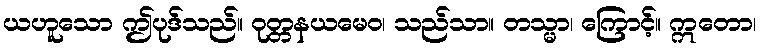
ယဟူသော ဤပုဒ်သည်။ ဝုတ္တနယမေဝ၊ သည်သာ။ တသ္မာ၊ ကြောင့်။ ဣတော၊